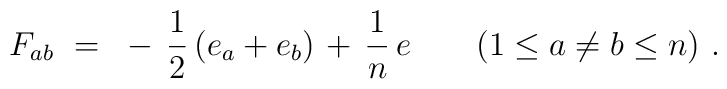
F_{ab}~=~- \, {1 \over 2} \left( e_a + e_b \right) \;\!          + \, {1 \over n} \, e \qquad (1 \leq a \neq b \leq n)~.